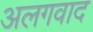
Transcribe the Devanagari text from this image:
अलगवाद